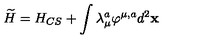
\widetilde { H } = H _ { C S } + \int \lambda _ { \mu } ^ { a } \varphi ^ { \mu , a } d ^ { 2 } { \bf x }